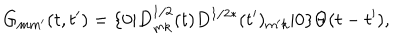
G _ { m m ^ { \prime } } ( t , t ^ { \prime } ) = \{ 0 | D _ { m k } ^ { 1 / 2 } ( t ) D ^ { 1 / 2 * } ( t ^ { \prime } ) _ { m ^ { \prime } k } | 0 \} \Theta ( t - t ^ { \prime } ) ,